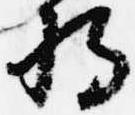
将